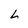
Character: L